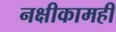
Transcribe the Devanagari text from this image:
नक्षीकामही